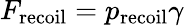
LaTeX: F_{\mathrm{recoil}}=p_{\mathrm{recoil}}\gamma